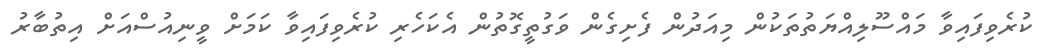
ކުރެވިފައިވާ މައްސޫލިއްޔަތުތަކުން މިއަދުން ފެށިގެން ވަގުތީގޮތުން އެކަހެރި ކުރެވިފައިވާ ކަމަށް ވީނިއުސްއަށް އިތުބާރު